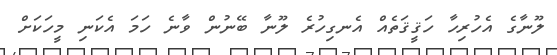
ލޫނާގެ އެހުރިހާ ހަޤީޤަތެއް އެނގިހުރެ ލޫނާ ބޭނުން ވާނެ ހަމަ އެކަނި މީހަކަށް